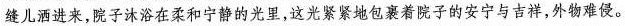
缝儿洒进来，院子沐浴在柔和宁静的光里，这光紧紧地包裹着院子的安宁与吉祥，外物难侵。